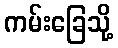
ကမ်းခြေသို့